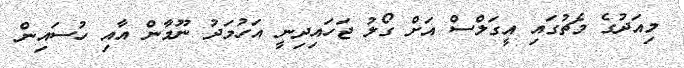
މިއަދުގެ މެޗުގައި އީގަލްސް އަށް ގޯލު ޖަހައިދިނީ އަހުމަދު ނޫމާން އާއި ހުސައިން